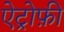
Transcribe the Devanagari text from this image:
ऐट्रोफ़ी